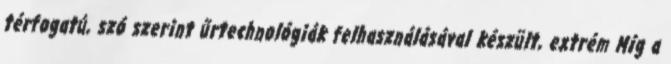
térfogatú, szó szerint űrtechnológiák felhasználásával készült, extrém Míg a